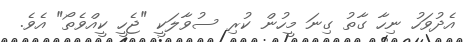
އެދުވަހު ނިހާ ގާތު ގިނަ މީހުން ކުރި ސުވާލަކީ "ޖެހީ ކީއްވެތޯ" އެވެ.